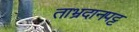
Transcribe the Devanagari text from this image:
ताभ्रदानपट्ट